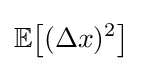
\mathbb {E} {\left[(\Delta x)^{2}\right]}